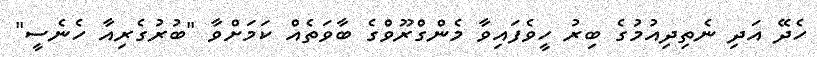
ހެދޭ އަދި ނެތިދިއުމުގެ ބިރު ހީވެފައިވާ މެންގްރޫވްގެ ބާވަތެއް ކަމަށްވާ "ބުރުގެރިއާ ހެނެސީ"